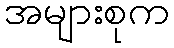
အများစုက